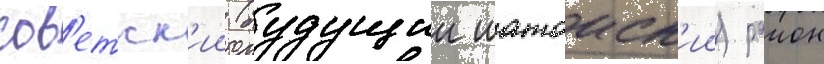
сов'етск'ии (будущии шатоиск'ии) раион